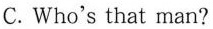
C. Who's that man?